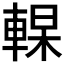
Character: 𰹔